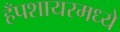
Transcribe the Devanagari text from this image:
हँपशायरमध्ये